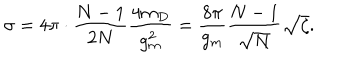
\sigma = 4 \pi \cdot \frac { N - 1 } { 2 N } \frac { 4 m _ { D } } { g _ { m } ^ { 2 } } = \frac { 8 \pi } { g _ { m } } \frac { N - 1 } { \sqrt { N } } \sqrt { \zeta } .